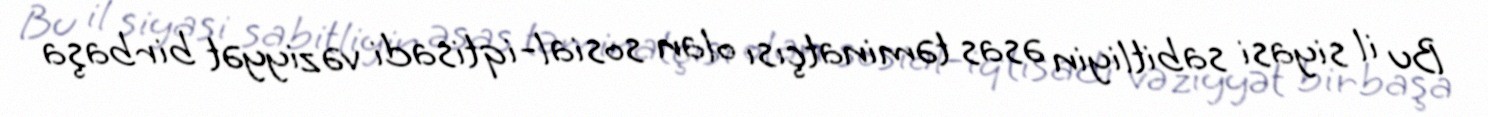
Bu il siyasi sabitliyin əsas təminatçısı olan sosial-iqtisadi vəziyyət birbaşa